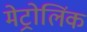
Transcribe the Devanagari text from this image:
मेट्रोलिंक